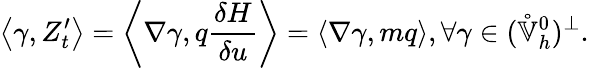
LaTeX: \left\langle\gamma,Z_{t}^{\prime}\right\rangle=\left\langle\nabla\gamma,q\frac{\delta H}{\delta u}\right\rangle=\left\langle\nabla\gamma,mq\right\rangle,\forall\gamma\in(\mathring{\mathbb{V}}_{h}^{0})^{\perp}.